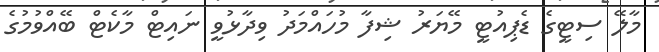
މާލޭ ސިޓީގެ ޑެޕިއުޓީ މޭޔަރު ޝިފާ މުހައްމަދު ވިދާޅުވީ ނައިޓް މާކެޓް ބޭއްވުމުގެ